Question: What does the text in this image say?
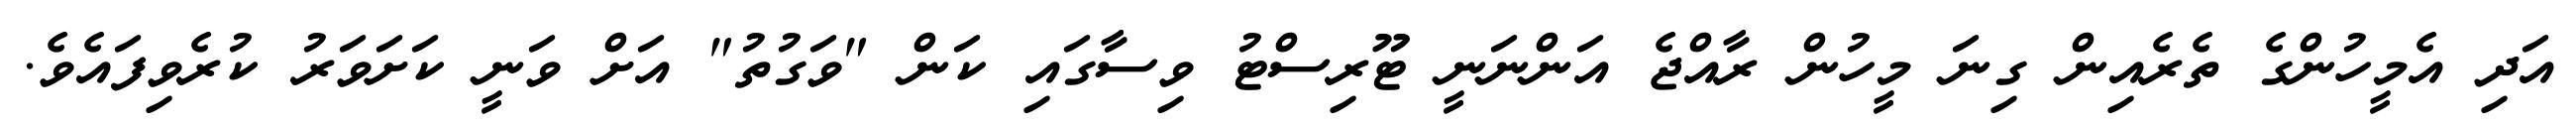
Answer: އަދި އެމީހުންގެ ތެރެއިން ގިނަ މީހުން ރާއްޖެ އަންނަނީ ޓޫރިސްޓު ވިސާގައި ކަން "ވަގުތު" އަށް ވަނީ ކަށަވަރު ކުރެވިފައެވެ.